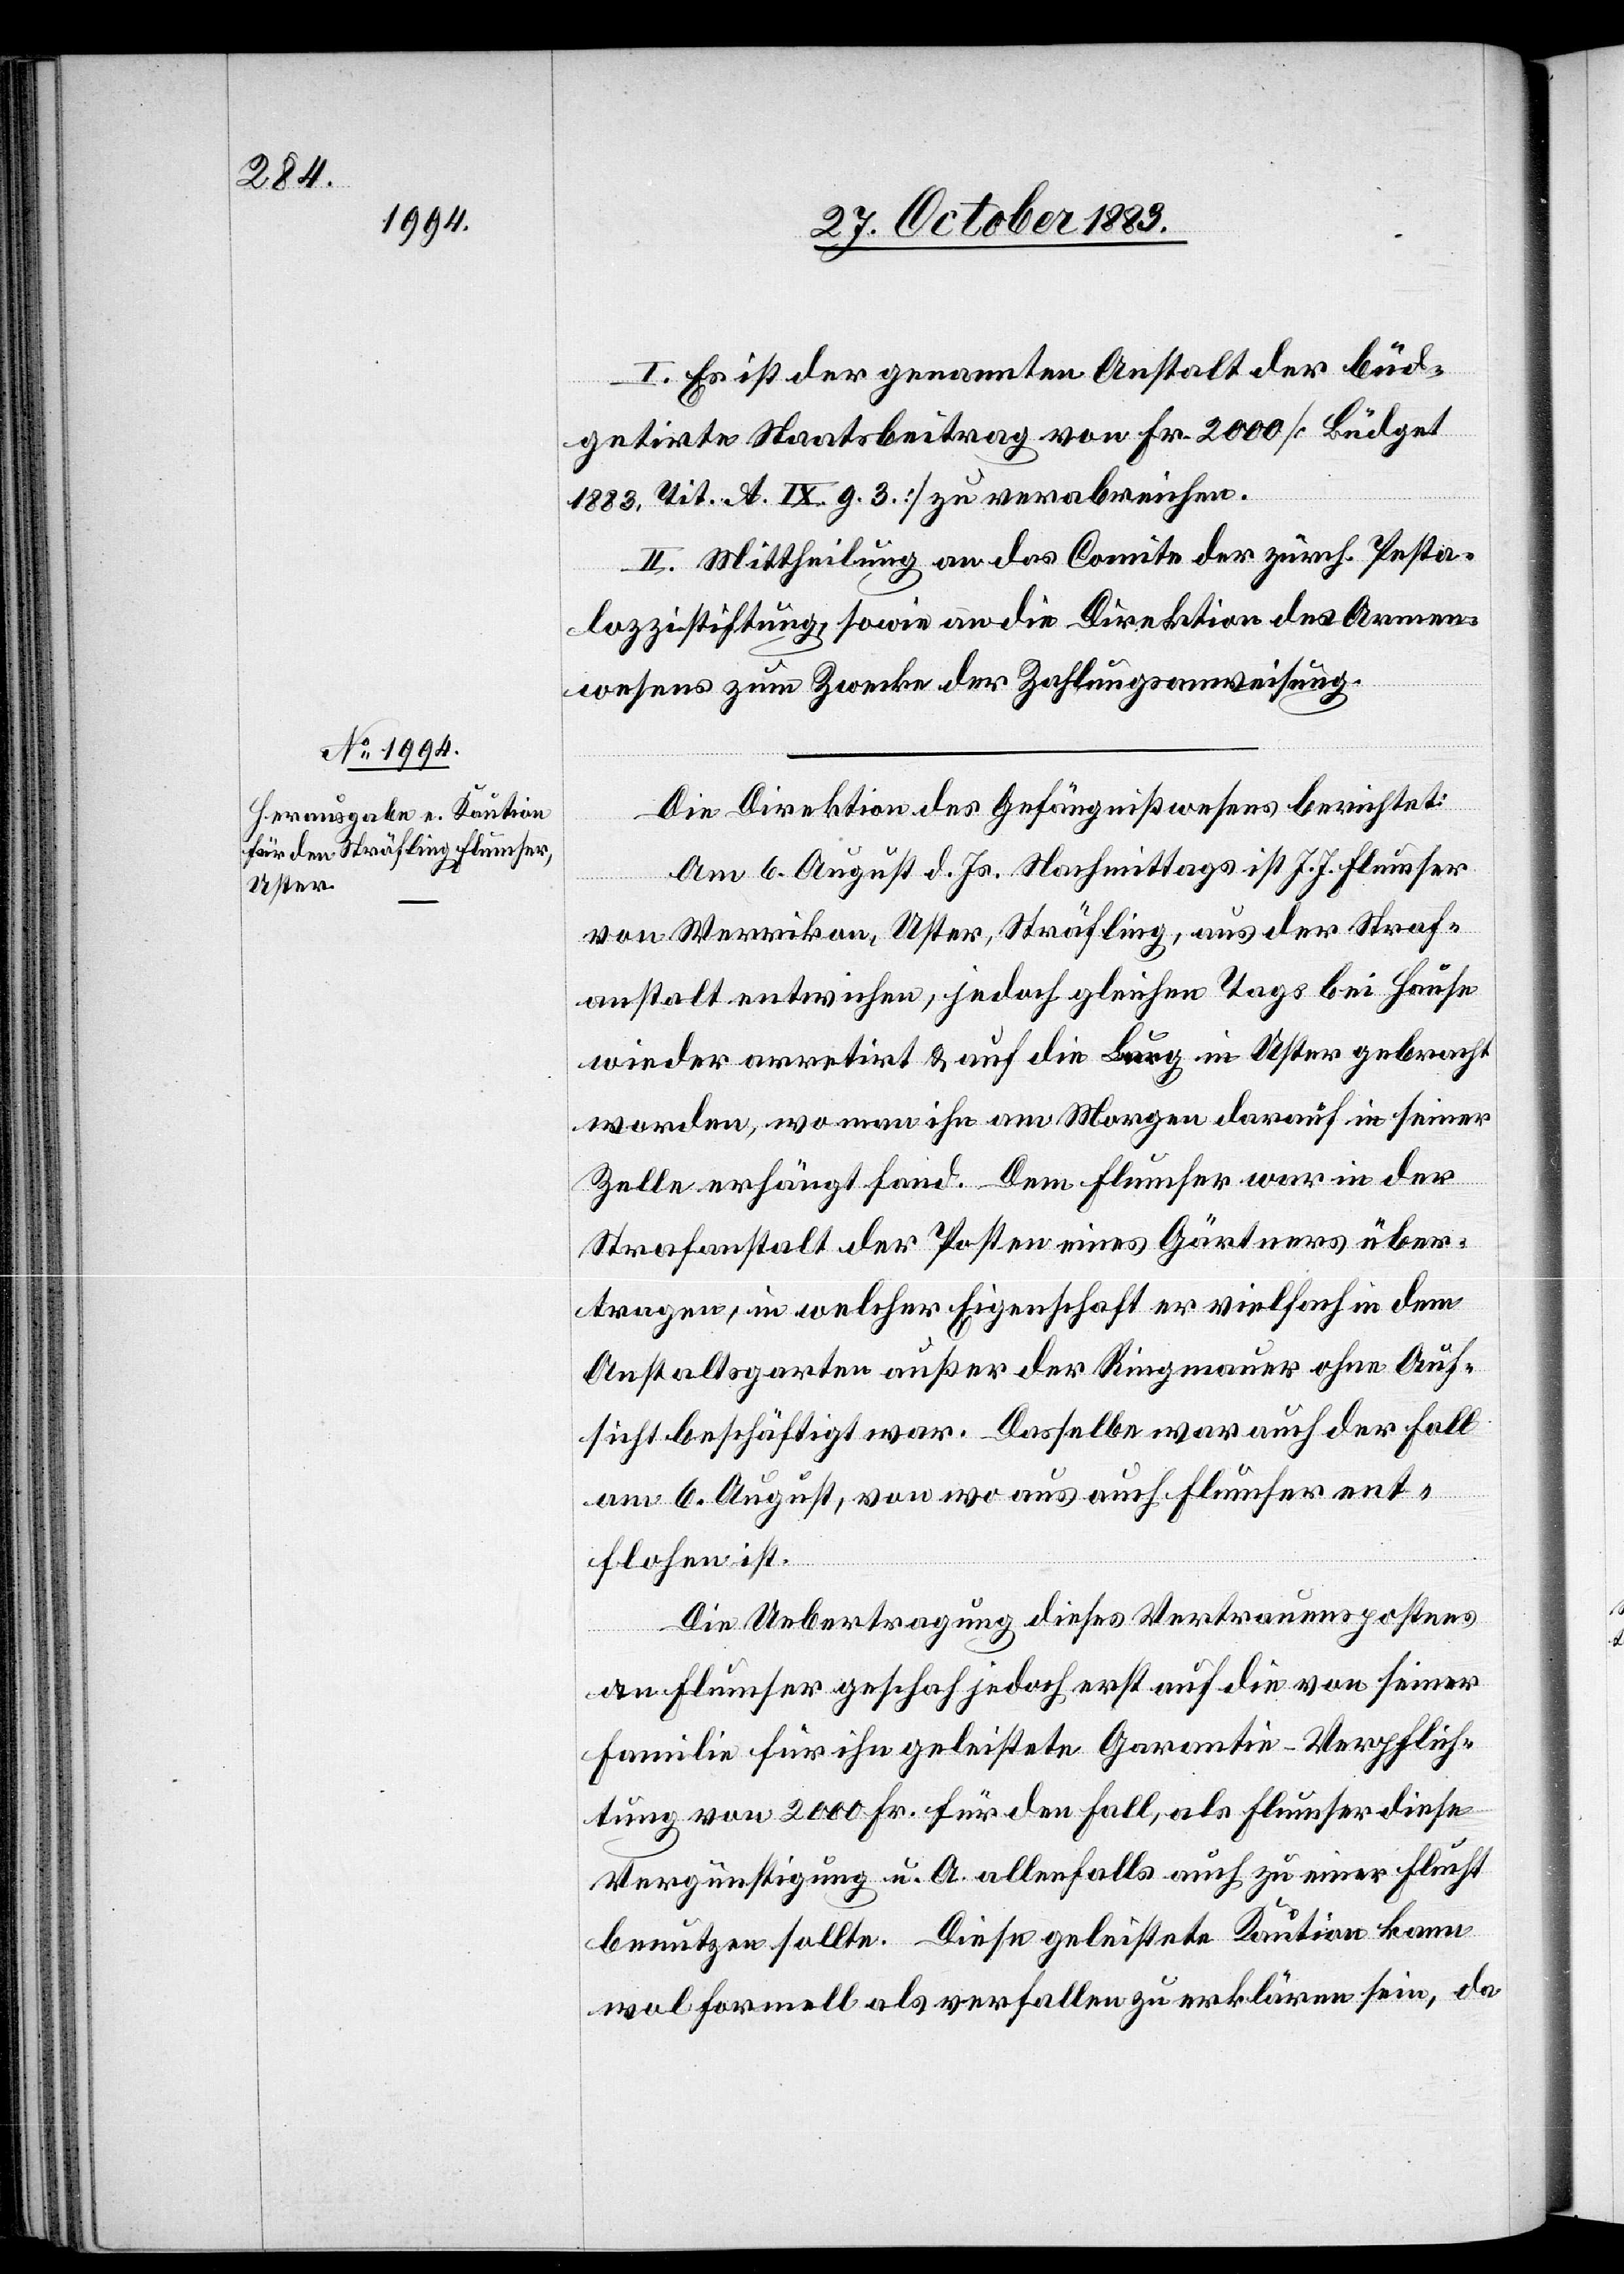
I. Es ist der genannten Anstalt der büd¬
getirte Staatsbeitrag von Fr. 2000 [Büdget
1883, Tit. A. IX. g. 3.] zu verabreichen.
II. Mittheilung an das Comite der zürch. Pesta¬
lozzistiftung, sowie an die Direktion des Armens¬
wesens zum Zwecke der Zahlungsanweisung.
Die Direktion des Gefängnißwesens berichtet:
Am 6. August d. Js. Nachmittags ist J. J. Flumser
von Werrikon, Uster, Sträfling, aus der Straf¬
anstalt entwichen, jedoch gleichen Tags bei Hause[n]
wieder arretirt & auf die Burg in Uster gebracht
worden, wo man ihn am Morgen darauf in seiner
Zelle erhängt fand. Dem Flumser war in der
Strafanstalt der Posten eines Gärtners über¬
tragen, in welcher Eigenschaft er vielfach in dem
Anstaltsgarten außer der Ringmauer ohne Auf¬
sicht beschäftigt war. Dasselbe war auch der Fall
am 6. August, von wo aus auch Flumser ent¬
flohen ist.
Die Uebertragung dieses Vertrauenspostens
an Flumser geschah jedoch erst auf die von seiner
Familie für ihn geleistete Garantie-Verpflich¬
tung von 2000 Fr. für den Fall, als Flumser diese
Vergünstigung u. A. allenfalls auch zu einer Flucht
benutzen sollte. Diese geleistete Kaution kann
wol formell als verfallen zu erklären sein, da